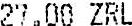
27.00 ZRL